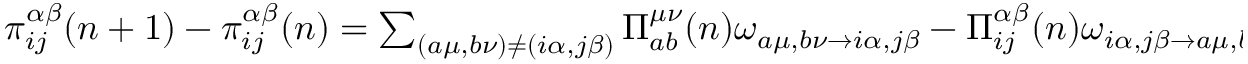
\begin{array} { r } { \pi _ { i j } ^ { \alpha \beta } ( n + 1 ) - \pi _ { i j } ^ { \alpha \beta } ( n ) = \sum _ { ( a \mu , b \nu ) \neq ( i \alpha , j \beta ) } \Pi _ { a b } ^ { \mu \nu } ( n ) \omega _ { a \mu , b \nu \rightarrow i \alpha , j \beta } - \Pi _ { i j } ^ { \alpha \beta } ( n ) \omega _ { i \alpha , j \beta \rightarrow a \mu , b \nu } } \end{array}